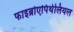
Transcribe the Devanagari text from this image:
फाइब्रोएपिथेलियल